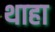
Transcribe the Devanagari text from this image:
थाहा